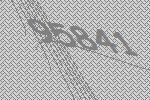
95841